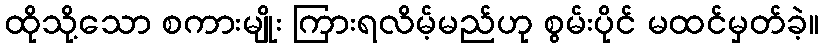
ထိုသို့သော စကားမျိုး ကြားရလိမ့်မည်ဟု စွမ်းပိုင် မထင်မှတ်ခဲ့။